Malaria in the Duars
Disease focus: Malaria
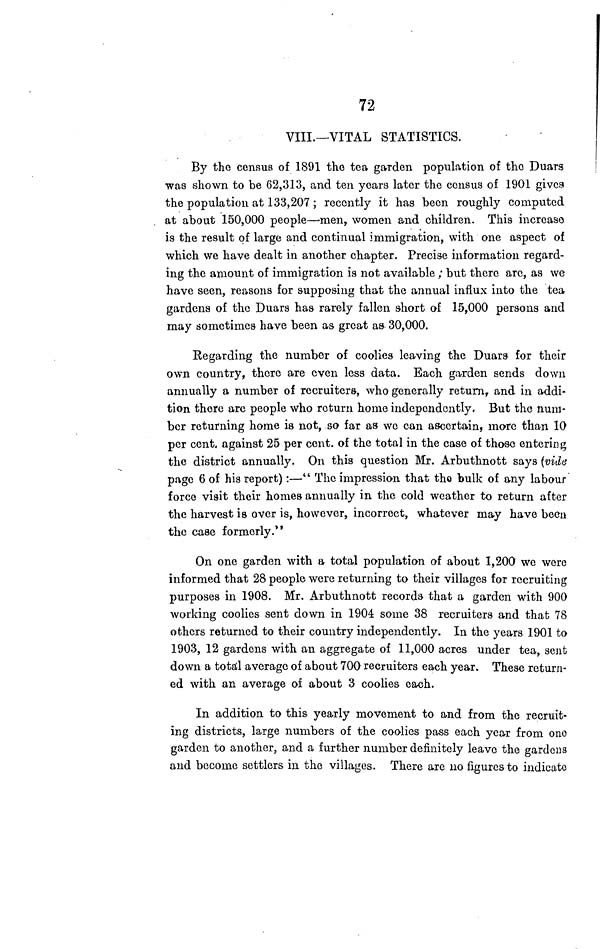
72
VIII.—VITAL STATISTICS.
By the census of 1891 the tea garden population of the Duars
was shown to be 62,313, and ten years later the census of 1901 gives
the population at 133,207 ; recently it has been roughly computed
at about 150,000 people—'men, women and children. This increase
is the result of large and continual immigration, with one aspect of
which we have dealt in another chapter. Precise information regard-
ing the amount of immigration is not available ; but there are, as we
have seen, reasons for supposing that the annual influx into the tea
gardens of the Duars has rarely fallen short of 15,000 persons and
may sometimes have been as great as 30,000.
Regarding the number of coolies leaving the Duars for their
own country, there are even less data. Each garden sends down
annually a number of recruiters, who generally return, and in addi-
tion there are people who return home independently. But the num-
ber returning home is not, so far as we can ascertain, more than 10
per cent. against 25 per cent. of the total in the case of those entering
the district annually. On this question Mr. Arbuthnott says (vide
page 6 of his report):—" The impression that the bulk of any labour
force visit their homes annually in. the cold weather to return after
the harvest is over is, however, incorrect, whatever may have been
the case formerly."
On one garden with a total population of about 1,200 we were
informed that 28 people were returning to their villages for recruiting
purposes in 1908. Mr. Arbuthnott records that a garden with 900
working coolies sent down in 1904 some 38 recruiters and that 78
others returned to their country independently. In the years 1901 to
1903, 12 gardens with an aggregate of 11,000 acres under tea, sent
down a total average of about 700 recruiters each year. These return-
ed with an average of about 3 coolies each.
In addition to this yearly movement to and from the recruit-
ing districts, large numbers of the coolies pass each year from one
garden to another, and a further number definitely leave the gardens
and become settlers in the villages. There are no figures to indicate